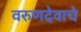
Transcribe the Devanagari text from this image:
वरुणदेवाचे